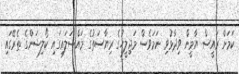
ކަމަށް ރައީސް ޔާމީން ވިދާޅުވި ނަމަވެސް މަޖިލީހުގެ ރިޔާސަތުގެ މައްސަލައިގައި ކޯލިޝަންގެ ތެރޭގައި